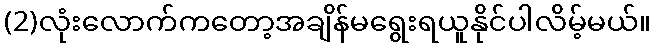
(2)လုံးလောက်ကတော့အချိန်မရွေးရယူနိုင်ပါလိမ့်မယ်။